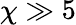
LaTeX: \chi\gg 5